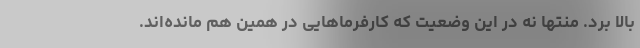
بالا برد. منتها نه در این وضعیت که کارفرماهایی در همین هم مانده‌اند.